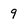
Character: 9